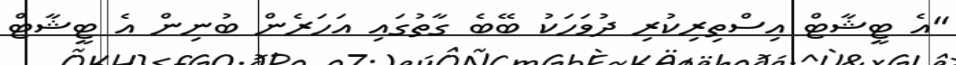
"އެ ޓީޝާޓް އިސްތިރިކުރި ދުވަހަކު ބޭބެ ގާތުގައި އަހަރެން ބުނިން އެ ޓީޝާޓް